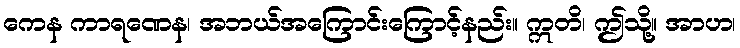
ကေန ကာရဏေန၊ အဘယ်အကြောင်းကြောင့်နည်း။ ဣတိ၊ ဤသို့။ အာဟ၊